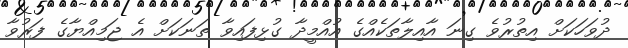
ދުވަހަކަށް އިތުރުވެ ގިނަ އާއިލާތަކެއްގެ އުއްމީދާ ގުޅިފައިވާ ތަނަކަށް އެ ޖަމިއްޔާގެ ފަރުވާ